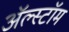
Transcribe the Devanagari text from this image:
ॲल्स्टॉम